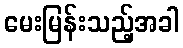
မေးမြန်းသည့်အခါ